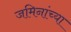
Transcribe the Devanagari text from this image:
जमिनांच्या